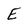
Character: E